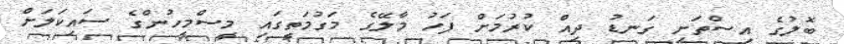
ބޮލުގެ އިސްތަށި ގަނޑު ދިއް ކުރުމަށް ފަހު މާލޭގެ މަގުމަތީގައި މީސްމީހުންގެ ސައިކަލަށް